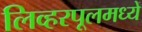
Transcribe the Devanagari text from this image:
लिव्हरपूलमध्ये